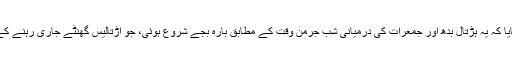
کمپنی کے کیبن سٹاف کی یونین یو ایف او نے بتایا کہ یہ ہڑتال بدھ اور جمعرات کی درمیانی شب جرمن وقت کے مطابق بارہ بجے شروع ہوئی، جو اڑتالیس گھنٹے جاری رہنے کے بعد جمعے کو نصف شب کے وقت ختم ہو گی۔